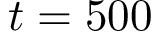
t = 5 0 0